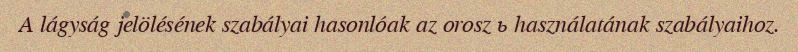
A lágyság jelölésének szabályai hasonlóak az orosz ь használatának szabályaihoz.